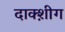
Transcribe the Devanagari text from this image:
दाक्श़ीग